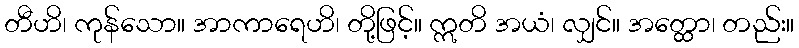
တီဟိ၊ ကုန်သော။ အာကာရေဟိ၊ တို့ဖြင့်။ ဣတိ အယံ၊ လျှင်။ အတ္ထော၊ တည်း။